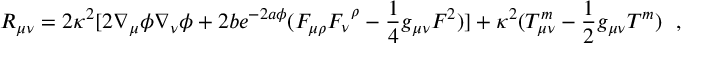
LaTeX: R _ { \mu \nu } = 2 \kappa ^ { 2 } \lbrack 2 \nabla _ { \mu } \phi \nabla _ { \nu } \phi + 2 b e ^ { - 2 a \phi } ( F _ { \mu \rho } F _ { \nu } ^ { ~ \rho } - \frac { 1 } { 4 } g _ { \mu \nu } F ^ { 2 } ) \rbrack + \kappa ^ { 2 } ( T _ { \mu \nu } ^ { m } - \frac { 1 } { 2 } g _ { \mu \nu } T ^ { m } ) ~ ~ ,